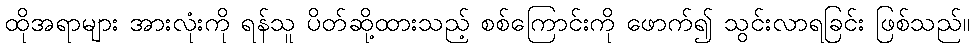
ထိုအရာများ အားလုံးကို ရန်သူ ပိတ်ဆို့ထားသည့် စစ်ကြောင်းကို ဖောက်၍ သွင်းလာရခြင်း ဖြစ်သည်။